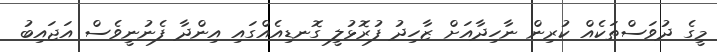
މީގެ ދުވަސްތަކެއް ކުރިން ނާހިދާއަށް ޒާހިދު ފުރޮޅުލީ ގޮނޑިއެއްގައި އިންދާ ފެނުނީވެސް އަޖައިބު